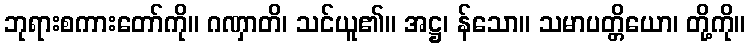
ဘုရားစကားတော်ကို။ ဂဏှာတိ၊ သင်ယူ၏။ အဋ္ဌ၊ န်သော။ သမာပတ္တိယော၊ တို့ကို။